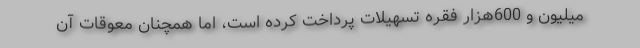
میلیون و 600هزار فقره تسهیلات پرداخت کرده است، اما همچنان معوقات آن